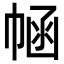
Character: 𢃗